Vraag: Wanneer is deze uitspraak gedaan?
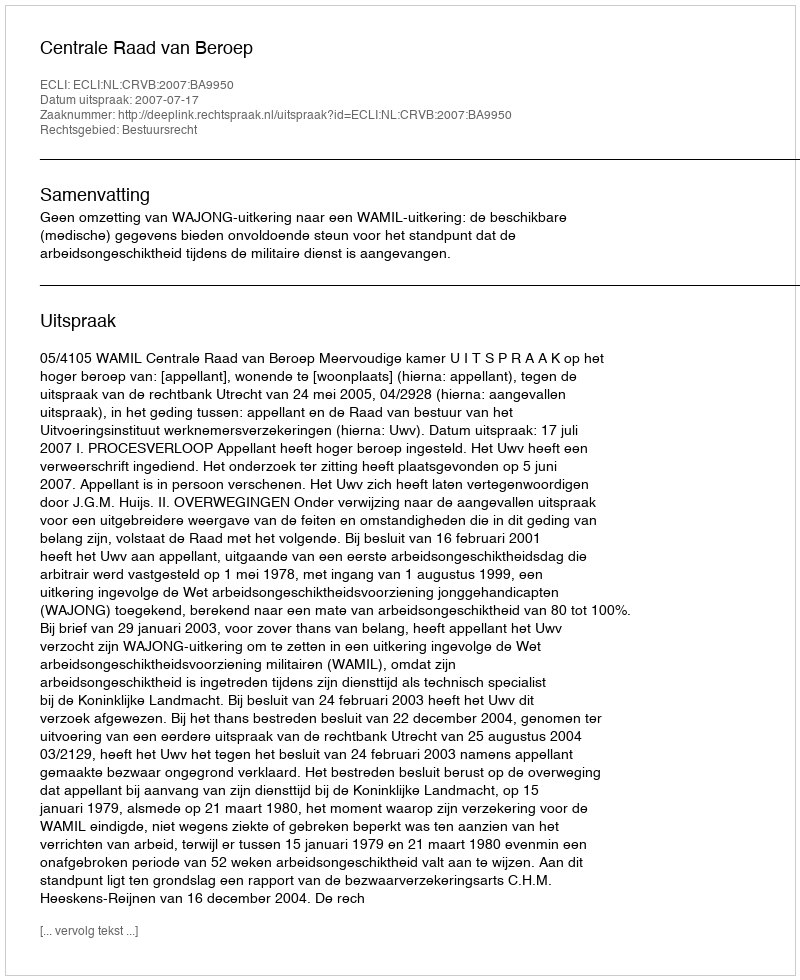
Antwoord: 2007-07-17